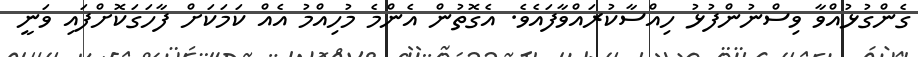
ގެންގުޅުއްވާ ވިސްނުންފުޅު ހިއްސާކުރައްވާފައެވެ. އެގޮތުން އެންމެ މުހިއްމު އެއް ކަމަކަށް ފާހަގަކޮށްފައި ވަނީ